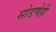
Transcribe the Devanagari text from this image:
सोडणेही